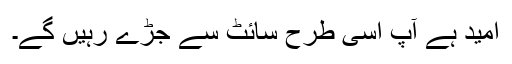
امید ہے آپ اسی طرح سائٹ سے جڑے رہیں گے۔